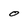
Character: o